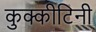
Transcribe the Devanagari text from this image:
कुक्कीटिनी